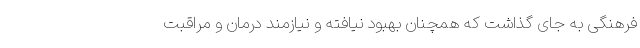
فرهنگی به جای گذاشت که همچنان بهبود نیافته و نیازمند درمان و مراقبت